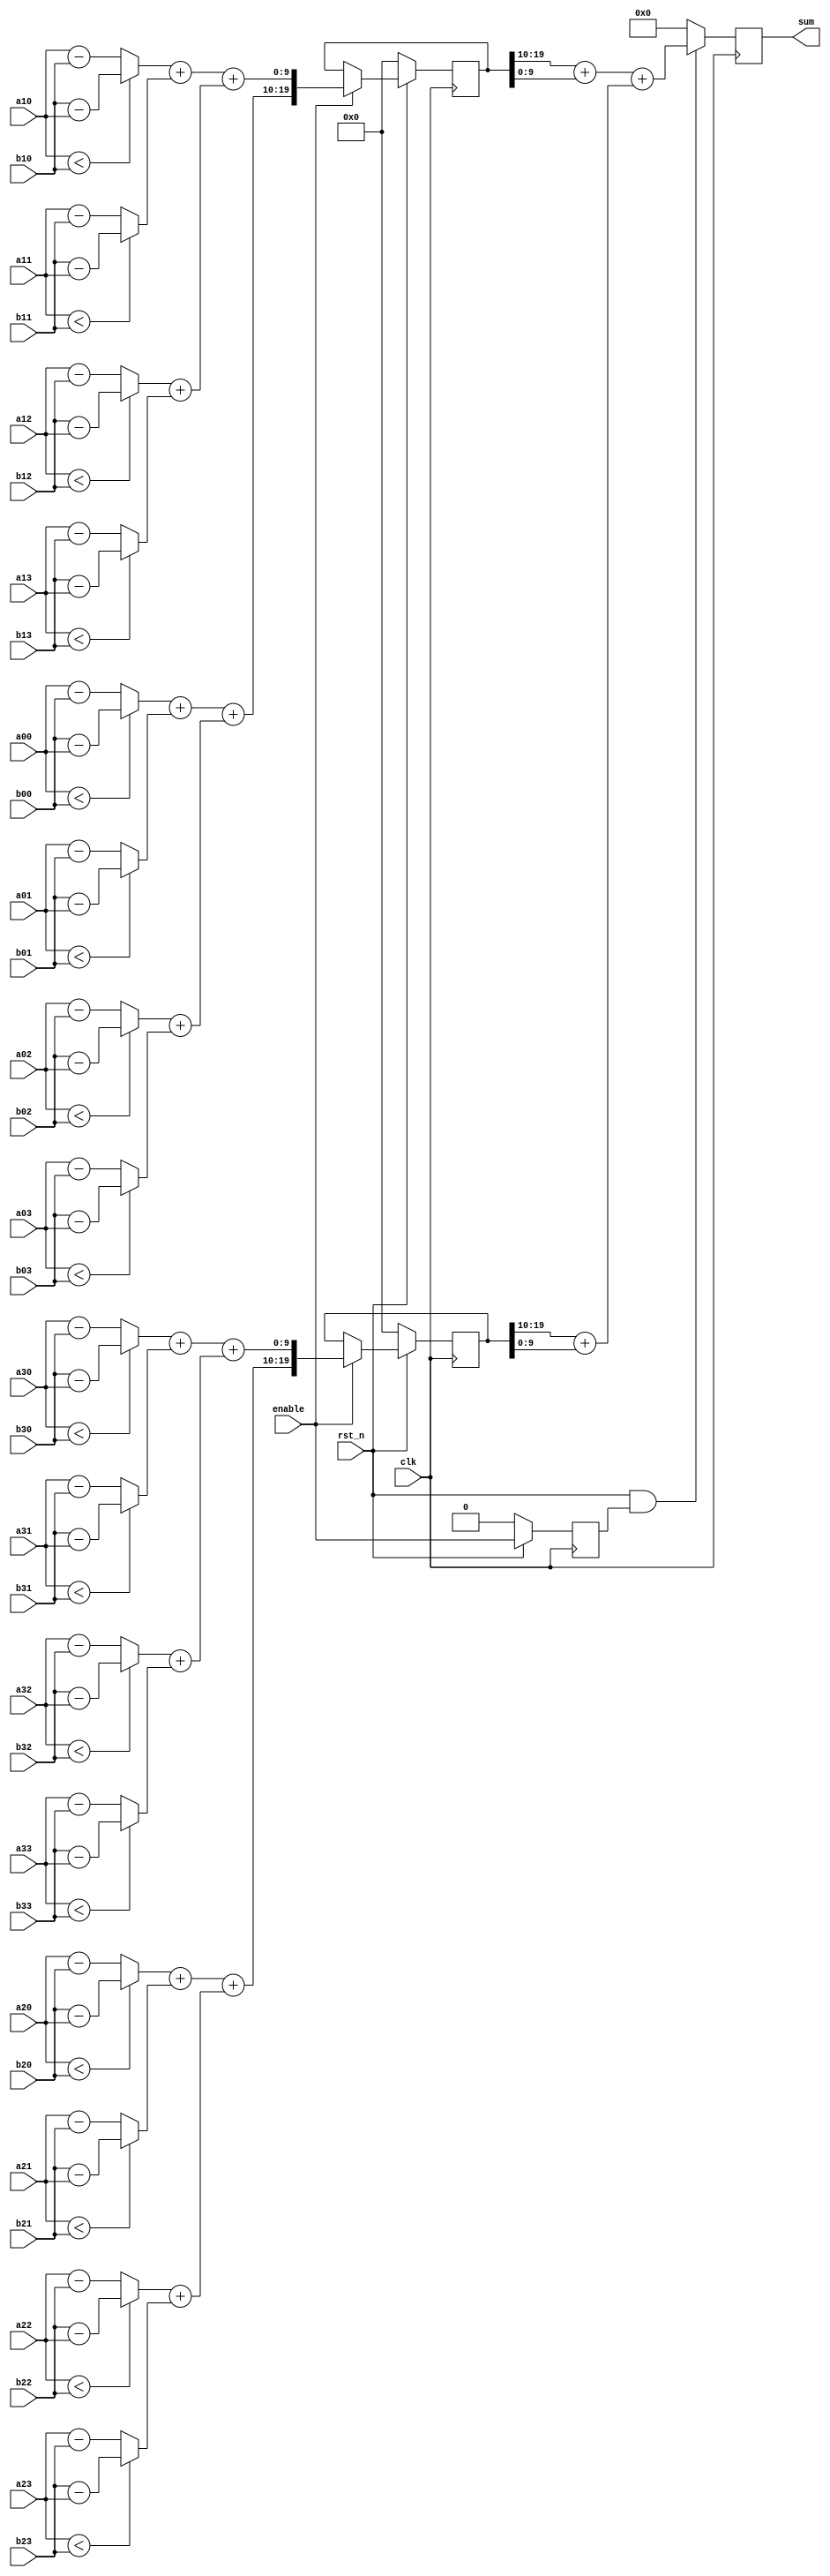
/**************************************************************** 
  ** Title : process unit
  ** Project :  full-search block matching algorithm on VLSI
***************************************************************** 
  ** Organization: sjtu
  ** Created :  
  ** Last update : 
  ** Platform : 
  ** Simulators : 
  ** Synthesizers: 
  ** Targets : 
  ** Dependency :  
***************************************************************** 
  ** Description:  
***************************************************************** 
  ** Copyright (c) notice  
*****************************************************************/ 
module PE(
	input clk,
	input rst_n,
    input enable,

	input [7:0] a00,
	input [7:0] a01,
	input [7:0] a02,
	input [7:0] a03,
	input [7:0] a10,
	input [7:0] a11,
	input [7:0] a12,
	input [7:0] a13,
	input [7:0] a20,
	input [7:0] a21,
	input [7:0] a22,
	input [7:0] a23,
	input [7:0] a30,
	input [7:0] a31,
	input [7:0] a32,
	input [7:0] a33,

	input [7:0] b00,
	input [7:0] b01,
	input [7:0] b02,
	input [7:0] b03,
	input [7:0] b10,
	input [7:0] b11,
	input [7:0] b12,
	input [7:0] b13,
	input [7:0] b20,
	input [7:0] b21,
	input [7:0] b22,
	input [7:0] b23,
	input [7:0] b30,
	input [7:0] b31,
	input [7:0] b32,
	input [7:0] b33,

	output reg [11:0] sum
);

reg 		enable_delay;
reg [19:0] 	sum_reg_00_01_02_03_04_05_06_07;
reg [19:0] 	sum_reg_08_09_10_11_12_13_14_15;

wire [7:0] abs00;
wire [7:0] abs01;
wire [7:0] abs02;
wire [7:0] abs03;
wire [7:0] abs04;
wire [7:0] abs05;
wire [7:0] abs06;
wire [7:0] abs07;
wire [7:0] abs08;
wire [7:0] abs09;
wire [7:0] abs10;
wire [7:0] abs11;
wire [7:0] abs12;
wire [7:0] abs13;
wire [7:0] abs14;
wire [7:0] abs15;

wire [8:0] sum00_01;
wire [8:0] sum02_03;
wire [8:0] sum04_05;
wire [8:0] sum06_07;
wire [8:0] sum08_09;
wire [8:0] sum10_11;
wire [8:0] sum12_13;
wire [8:0] sum14_15;
wire [9:0] sum00_01_02_03;
wire [9:0] sum04_05_06_07;
wire [9:0] sum08_09_10_11;
wire [9:0] sum12_13_14_15;
wire [10:0] sum00_01_02_03_04_05_06_07;
wire [10:0] sum08_09_10_11_12_13_14_15;
wire [11:0] sum_x;

assign abs00 = (a00 <b00) ? b00 - a00 : a00 - b00;
assign abs01 = (a01 <b01) ? b01 - a01 : a01 - b01;
assign abs02 = (a02 <b02) ? b02 - a02 : a02 - b02;
assign abs03 = (a03 <b03) ? b03 - a03 : a03 - b03;
assign abs04 = (a10 <b10) ? b10 - a10 : a10 - b10;
assign abs05 = (a11 <b11) ? b11 - a11 : a11 - b11;
assign abs06 = (a12 <b12) ? b12 - a12 : a12 - b12;
assign abs07 = (a13 <b13) ? b13 - a13 : a13 - b13;
assign abs08 = (a20 <b20) ? b20 - a20 : a20 - b20;
assign abs09 = (a21 <b21) ? b21 - a21 : a21 - b21;
assign abs10 = (a22 <b22) ? b22 - a22 : a22 - b22;
assign abs11 = (a23 <b23) ? b23 - a23 : a23 - b23;
assign abs12 = (a30 <b30) ? b30 - a30 : a30 - b30;
assign abs13 = (a31 <b31) ? b31 - a31 : a31 - b31;
assign abs14 = (a32 <b32) ? b32 - a32 : a32 - b32;
assign abs15 = (a33 <b33) ? b33 - a33 : a33 - b33;

assign sum00_01 = abs00 + abs01;
assign sum02_03 = abs02 + abs03;
assign sum04_05 = abs04 + abs05;
assign sum06_07 = abs06 + abs07;
assign sum08_09 = abs08 + abs09;
assign sum10_11 = abs10 + abs11;
assign sum12_13 = abs12 + abs13;
assign sum14_15 = abs14 + abs15;
assign sum00_01_02_03 = sum00_01 + sum02_03;
assign sum04_05_06_07 = sum04_05 + sum06_07;
assign sum08_09_10_11 = sum08_09 + sum10_11;
assign sum12_13_14_15 = sum12_13 + sum14_15;
assign sum00_01_02_03_04_05_06_07 = sum_reg_00_01_02_03_04_05_06_07[19:10] + sum_reg_00_01_02_03_04_05_06_07[9:0];
assign sum08_09_10_11_12_13_14_15 = sum_reg_08_09_10_11_12_13_14_15[19:10] + sum_reg_08_09_10_11_12_13_14_15[9:0];
assign sum_x = sum00_01_02_03_04_05_06_07 + sum08_09_10_11_12_13_14_15;

always @ (posedge clk)
begin
    if(rst_n) enable_delay <= enable;
    else enable_delay <= 0;
end

always @ (posedge clk)
begin
    if(rst_n) 
	begin
		if(enable)
		begin
			sum_reg_00_01_02_03_04_05_06_07 <= {sum00_01_02_03, sum04_05_06_07};
			sum_reg_08_09_10_11_12_13_14_15 <= {sum08_09_10_11, sum12_13_14_15};
		end
		else
		begin
			sum_reg_00_01_02_03_04_05_06_07 <= sum_reg_00_01_02_03_04_05_06_07;
			sum_reg_08_09_10_11_12_13_14_15 <= sum_reg_08_09_10_11_12_13_14_15;
		end
	end
    else
	begin
		sum_reg_00_01_02_03_04_05_06_07 <= 20'b0;
		sum_reg_08_09_10_11_12_13_14_15 <= 20'b0;
	end
end

always @ (posedge clk)
begin
    if(rst_n && enable_delay) sum <= sum_x;
    else sum <= 12'b0;
end

endmodule